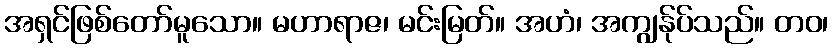
အရှင်ဖြစ်တော်မူသော။ မဟာရာဇ၊ မင်းမြတ်။ အဟံ၊ အကျွန်ုပ်သည်။ တဝ၊